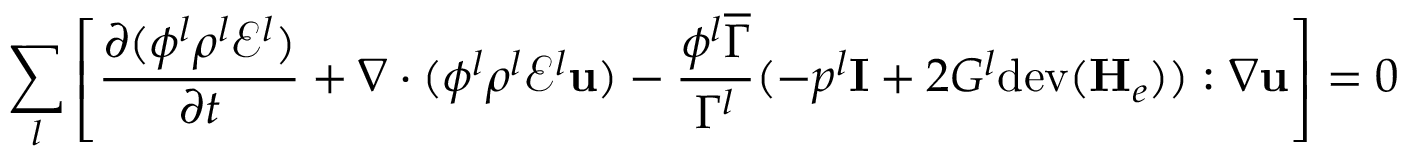
\sum _ { l } \left[ \frac { \partial ( \phi ^ { l } \rho ^ { l } \mathscr { E } ^ { l } ) } { \partial t } + \nabla \cdot ( \phi ^ { l } \rho ^ { l } \mathscr { E } ^ { l } \mathbf { u } ) - \frac { \phi ^ { l } \overline { { \Gamma } } } { \Gamma ^ { l } } ( - p ^ { l } \mathbf { I } + 2 G ^ { l } \mathrm { d e v } ( \mathbf { H } _ { e } ) ) : \nabla \mathbf { u } \right] = 0